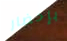
بإحضار